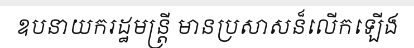
ឧបនាយករដ្ឋមន្ត្រី មានប្រសាសន៏លើកឡើង